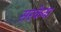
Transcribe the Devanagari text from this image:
सरकेना